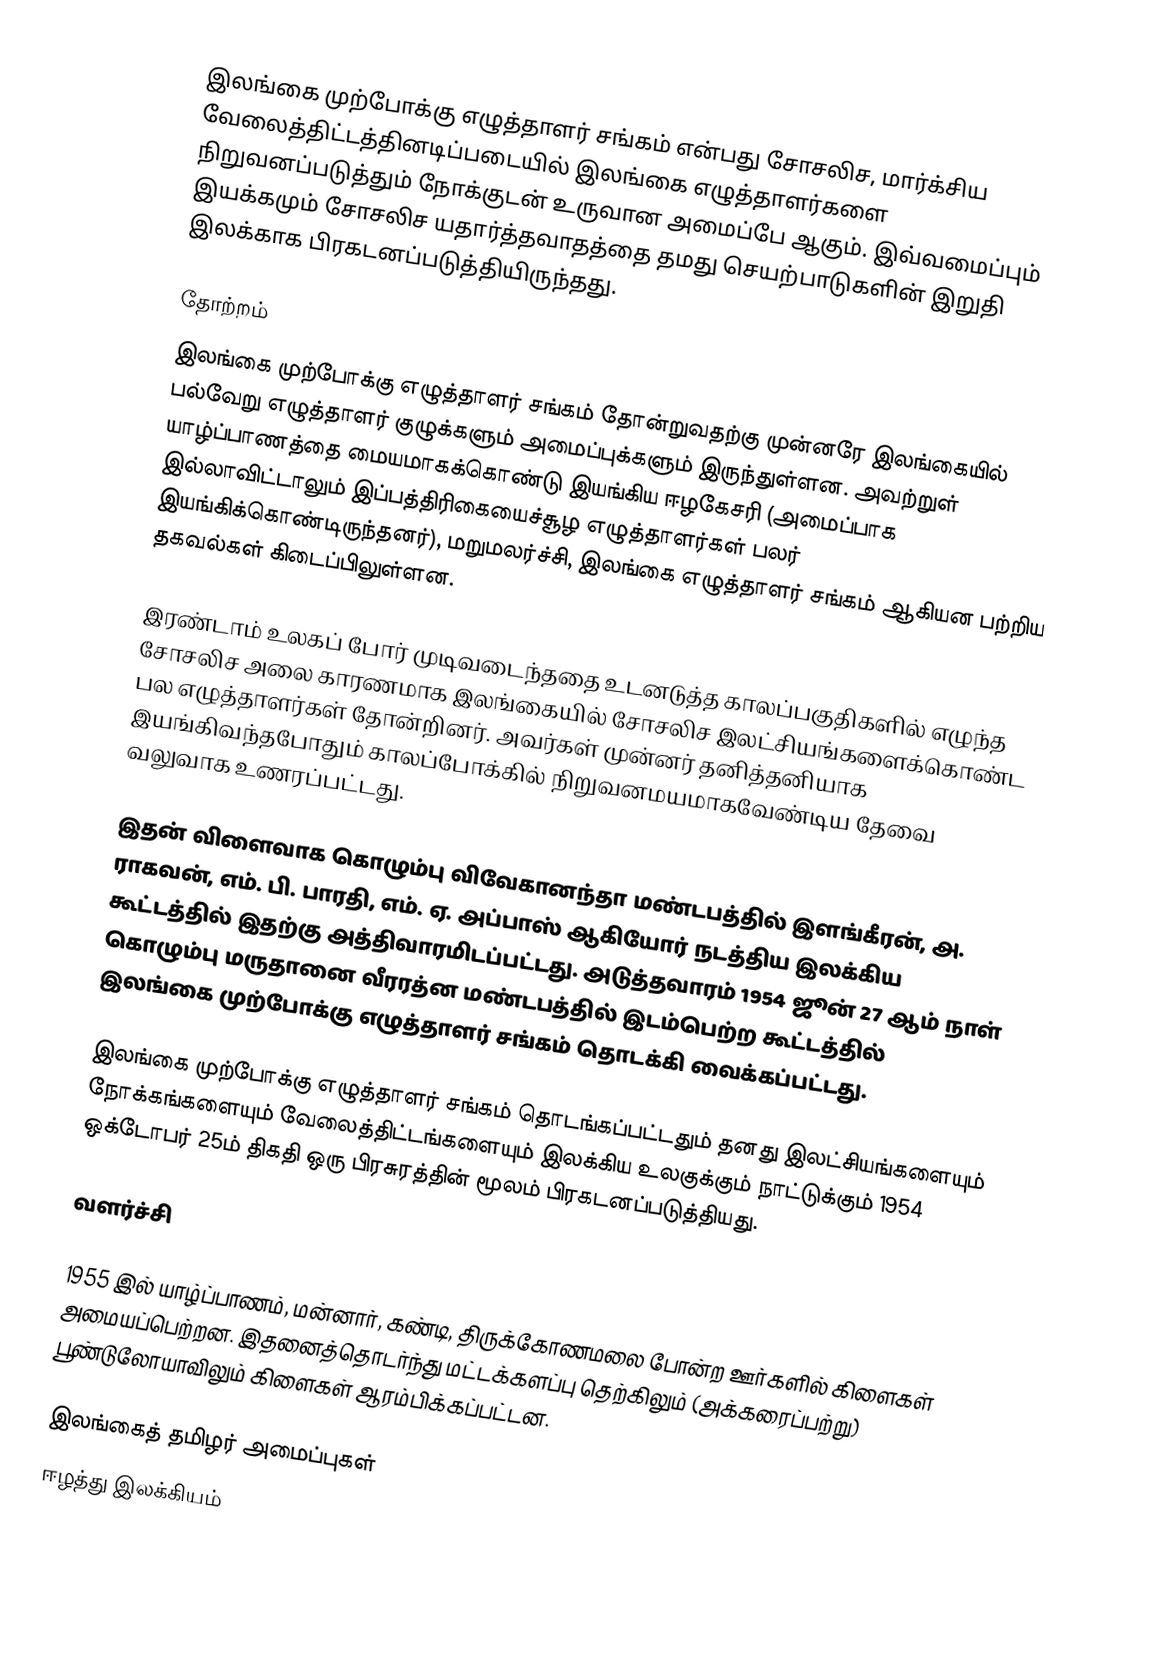
இலங்கை முற்போக்கு எழுத்தாளர் சங்கம் என்பது சோசலிச, மார்க்சிய வேலைத்திட்டத்தினடிப்படையில் இலங்கை எழுத்தாளர்களை நிறுவனப்படுத்தும் நோக்குடன் உருவான அமைப்பே ஆகும். இவ்வமைப்பும் இயக்கமும்  சோசலிச யதார்த்தவாதத்தை தமது செயற்பாடுகளின் இறுதி இலக்காக பிரகடனப்படுத்தியிருந்தது.

தோற்றம்
இலங்கை முற்போக்கு எழுத்தாளர் சங்கம் தோன்றுவதற்கு முன்னரே இலங்கையில் பல்வேறு எழுத்தாளர் குழுக்களும் அமைப்புக்களும் இருந்துள்ளன. அவற்றுள் யாழ்ப்பாணத்தை மையமாகக்கொண்டு இயங்கிய ஈழகேசரி (அமைப்பாக இல்லாவிட்டாலும் இப்பத்திரிகையைச்சூழ எழுத்தாளர்கள் பலர் இயங்கிக்கொண்டிருந்தனர்), மறுமலர்ச்சி, இலங்கை எழுத்தாளர் சங்கம் ஆகியன பற்றிய தகவல்கள் கிடைப்பிலுள்ளன.

இரண்டாம் உலகப் போர் முடிவடைந்ததை உடனடுத்த காலப்பகுதிகளில் எழுந்த சோசலிச அலை காரணமாக இலங்கையில் சோசலிச இலட்சியங்களைக்கொண்ட பல எழுத்தாளர்கள் தோன்றினர். அவர்கள் முன்னர் தனித்தனியாக இயங்கிவந்தபோதும் காலப்போக்கில் நிறுவனமயமாகவேண்டிய தேவை வலுவாக உணரப்பட்டது.

இதன் விளைவாக கொழும்பு விவேகானந்தா மண்டபத்தில் இளங்கீரன், அ. ராகவன், எம். பி. பாரதி, எம். ஏ. அப்பாஸ் ஆகியோர் நடத்திய இலக்கிய கூட்டத்தில் இதற்கு அத்திவாரமிடப்பட்டது. அடுத்தவாரம் 1954 ஜூன் 27 ஆம் நாள் கொழும்பு மருதானை வீரரத்ன மண்டபத்தில் இடம்பெற்ற கூட்டத்தில் இலங்கை முற்போக்கு எழுத்தாளர் சங்கம் தொடக்கி வைக்கப்பட்டது.

இலங்கை முற்போக்கு எழுத்தாளர் சங்கம் தொடங்கப்பட்டதும் தனது இலட்சியங்களையும் நோக்கங்களையும் வேலைத்திட்டங்களையும் இலக்கிய உலகுக்கும் நாட்டுக்கும் 1954 ஒக்டோபர் 25ம் திகதி ஒரு பிரசுரத்தின் மூலம் பிரகடனப்படுத்தியது.

வளர்ச்சி

1955 இல் யாழ்ப்பாணம், மன்னார், கண்டி, திருக்கோணமலை போன்ற ஊர்களில் கிளைகள் அமையப்பெற்றன. இதனைத்தொடர்ந்து மட்டக்களப்பு தெற்கிலும் (அக்கரைப்பற்று) பூண்டுலோயாவிலும் கிளைகள் ஆரம்பிக்கப்பட்டன.

இலங்கைத் தமிழர் அமைப்புகள்
ஈழத்து இலக்கியம்